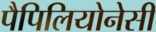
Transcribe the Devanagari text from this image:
पैपिलियोनेसी